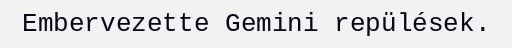
Embervezette Gemini repülések.